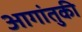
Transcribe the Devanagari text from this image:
आगांतुकी